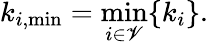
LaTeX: k_{i,\operatorname*{min}}=\operatorname*{min}_{i\in\mathscr{V}}\{ k_{i}\} .